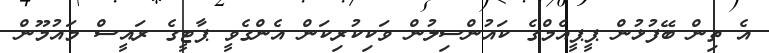
އެ ތިން ބޭފުޅުން ޕީޕީއެމްގެ ކައުންސިލުން ވަކިކުރިކަން އެންގެވީ ޕާޓީގެ ރައީސް މައުމޫން